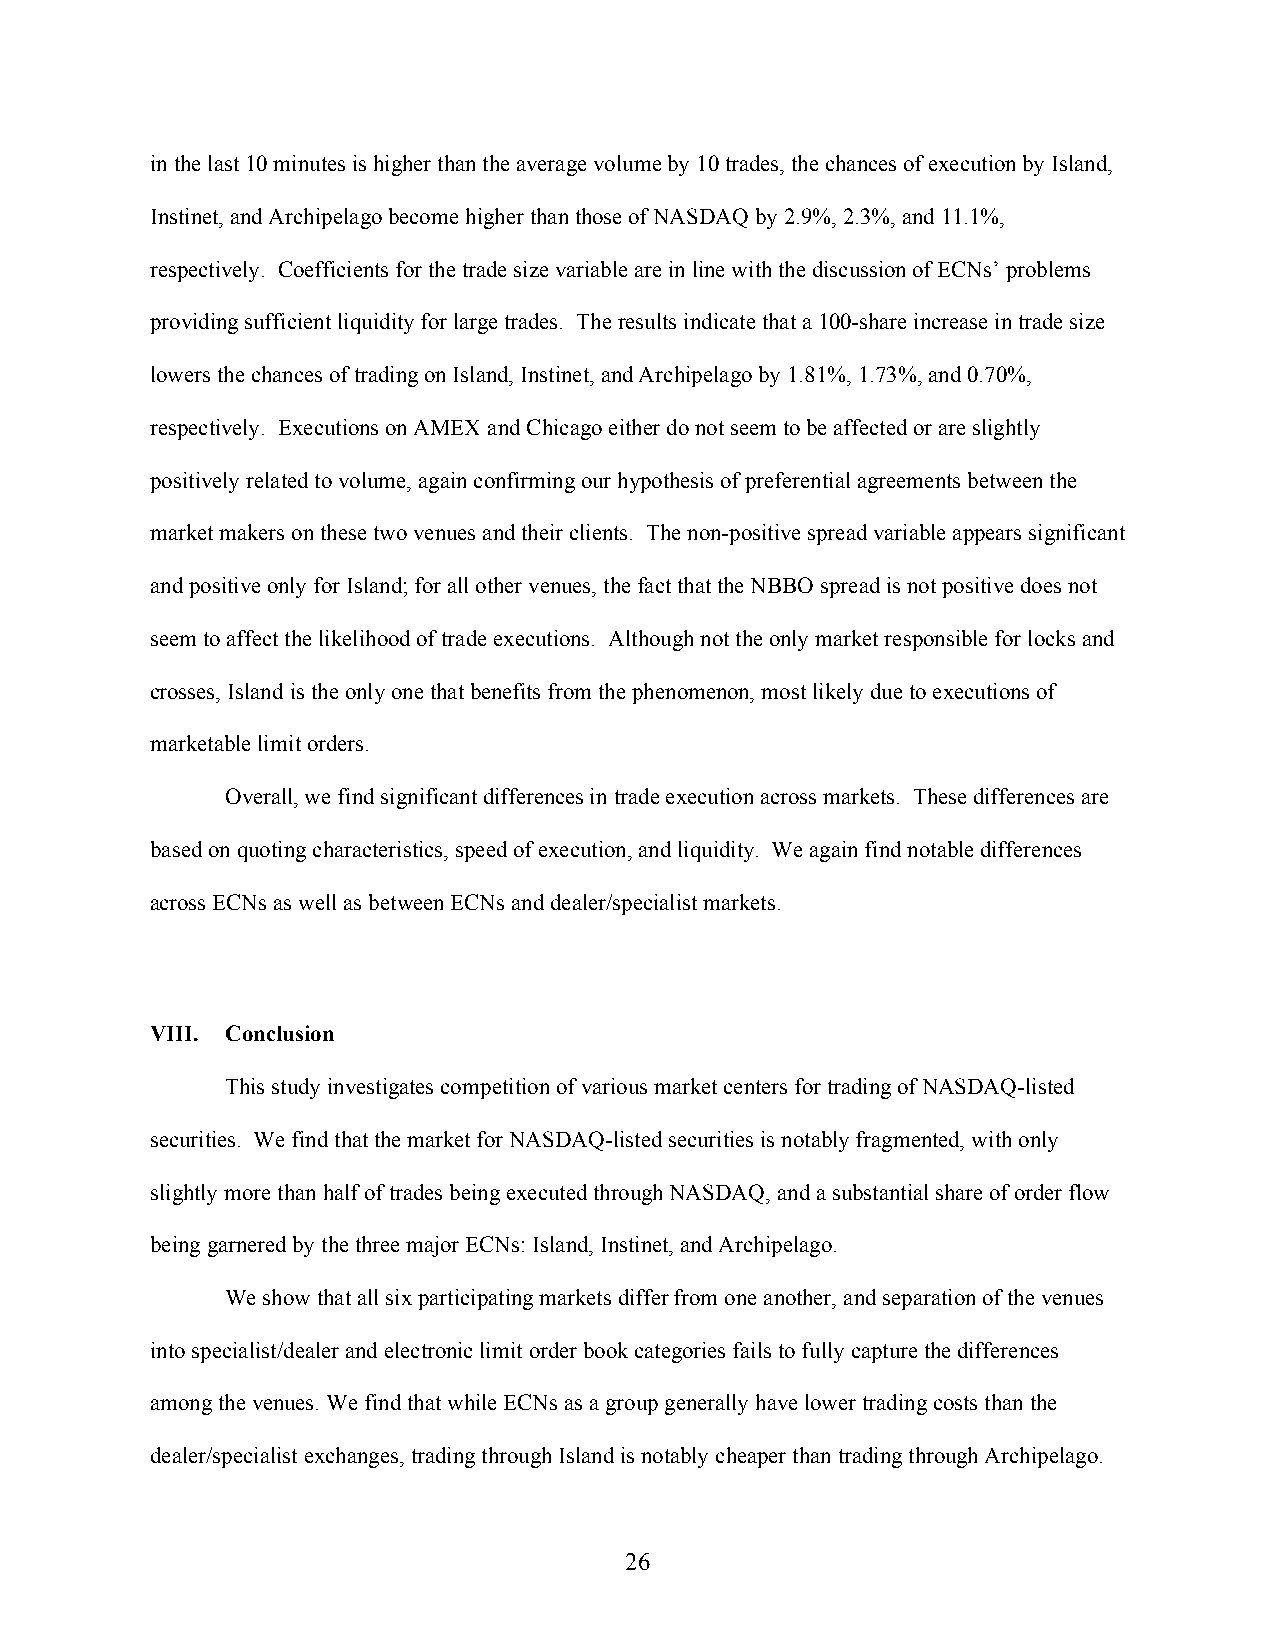
in the last 10 minutes is higher than the average volume by 10 trades, the chances of execution by Island,
 Instinet, and Archipelago become higher than those of NASDAQ by 2.9%, 2.3%, and 11.1%,
 respectively. Coefficients for the trade size variable are in line with the discussion of ECNs’ problems
 providing sufficient liquidity for large trades. The results indicate that a 100-share increase in trade size
 lowers the chances of trading on Island, Instinet, and Archipelago by 1.81%, 1.73%, and 0.70%,
 respectively. Executions on AMEX and Chicago either do not seem to be affected or are slightly
 positively related to volume, again confirming our hypothesis of preferential agreements between the
 market makers on these two venues and their clients. The non-positive spread variable appears significant
 and positive only for Island; for all other venues, the fact that the NBBO spread is not positive does not
 seem to affect the likelihood of trade executions. Although not the only market responsible for locks and
 crosses, Island is the only one that benefits from the phenomenon, most likely due to executions of
 marketable limit orders.
 Overall, we find significant differences in trade execution across markets. These differences are
 based on quoting characteristics, speed of execution, and liquidity. We again find notable differences
 across ECNs as well as between ECNs and dealer/specialist markets.
 VIII. Conclusion
 This study investigates competition of various market centers for trading of NASDAQ-listed
 securities. We find that the market for NASDAQ-listed securities is notably fragmented, with only
 slightly more than half of trades being executed through NASDAQ, and a substantial share of order flow
 being garnered by the three major ECNs: Island, Instinet, and Archipelago.
 We show that all six participating markets differ from one another, and separation of the venues
 into specialist/dealer and electronic limit order book categories fails to fully capture the differences
 among the venues. We find that while ECNs as a group generally have lower trading costs than the
 dealer/specialist exchanges, trading through Island is notably cheaper than trading through Archipelago.
 26